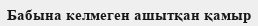
Бабына келмеген ашытқан қамыр